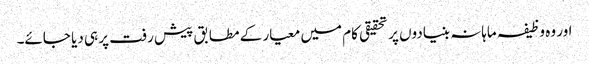
اور وہ وظیفہ ماہانہ بنیادوں پر تحقیقی کام میں معیار کے مطابق پیش رفت پر ہی دیا جائے۔